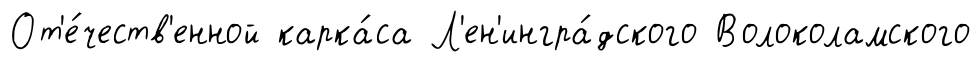
От'е́честв'енной карка́са Л'ен'ингра́дского Волоколамского